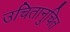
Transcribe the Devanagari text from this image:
उचितानुचित